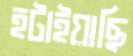
হটাইয়াছি